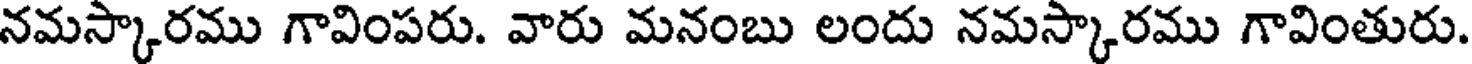
నమస్కారము గావింపరు. వారు మనంబు లందు నమస్కారము గావింతురు.